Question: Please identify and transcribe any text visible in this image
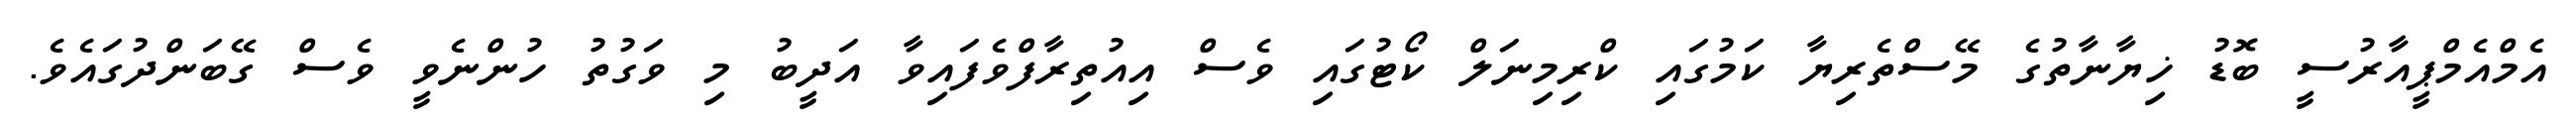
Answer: އެމްއެމްޕީއާރުސީ ބޮޑު ޚިޔާނާތުގެ މޭސްތެރިޔާ ކަމުގައި ކްރިމިނަލް ކޯޓުގައި ވެސް އިއުތިރާފްވެފައިވާ އަދީބު މި ވަގުތު ހުންނެވީ ވެސް ގޭބަންދުގައެވެ.